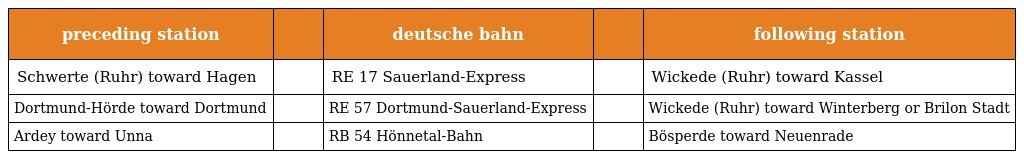
| preceding station |  | deutsche bahn |  | following station |
 | --- | --- | --- | --- | --- |
 | Schwerte (Ruhr) toward Hagen |  | RE 17 Sauerland-Express |  | Wickede (Ruhr) toward Kassel |
 | Dortmund-Hörde toward Dortmund |  | RE 57 Dortmund-Sauerland-Express |  | Wickede (Ruhr) toward Winterberg or Brilon Stadt |
 | Ardey toward Unna |  | RB 54 Hönnetal-Bahn |  | Bösperde toward Neuenrade |